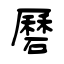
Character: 磿